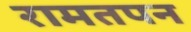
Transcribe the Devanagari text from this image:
रामतपन